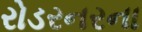
રોડરનરના